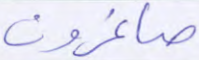
صاغرون